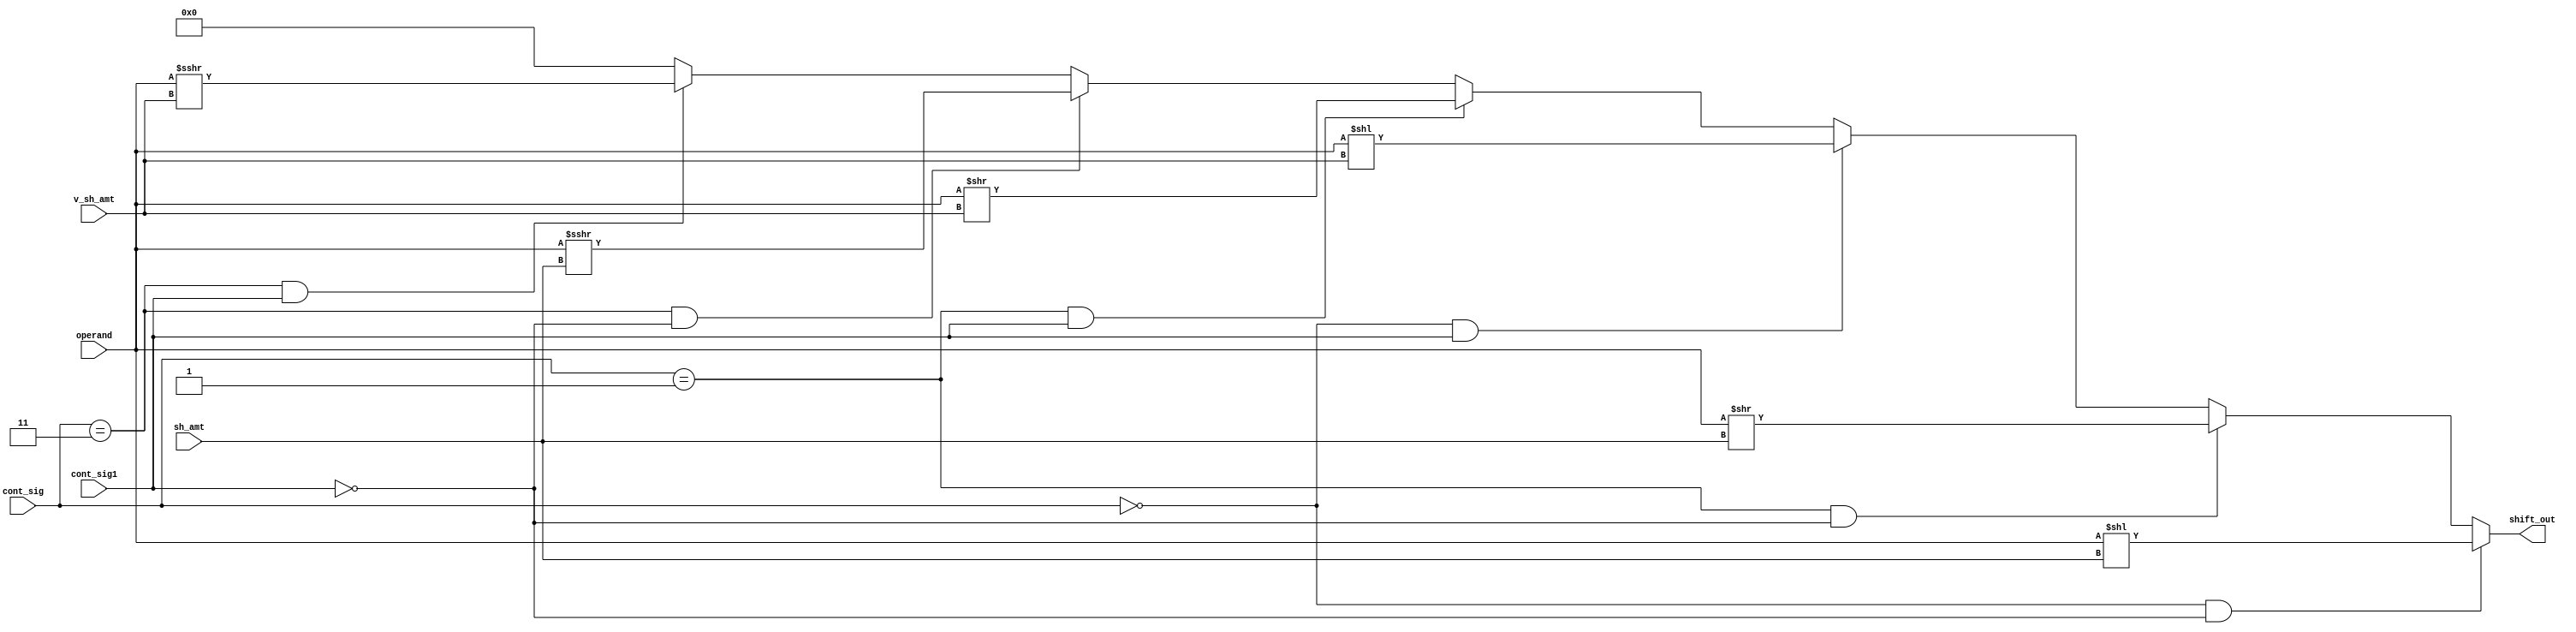
`timescale 1ns / 1ps
//////////////////////////////////////////////////////////////////////////////////
// Company: 
// Engineer: 
// 
// Design Name: 
// Module Name:    SHIFTER__ALU 
// Project Name: 
// Target Devices: 
// Tool versions: 
// Description: 
//
// Dependencies: 
//
// Revision: 
// Revision 0.01 - File Created
// Additional Comments: 
//
//////////////////////////////////////////////////////////////////////////////////
module SHIFTER__ALU(
    input [31:0] operand,
    input [4:0] sh_amt,
    input [4:0] v_sh_amt,
    output [31:0] shift_out,
    input [2:1] cont_sig,
	 input  cont_sig1
    );
  reg [31:0] out_reg;
  assign shift_out = out_reg;
  
  always @(v_sh_amt or sh_amt  or operand or cont_sig or cont_sig1) begin
    if     (cont_sig==2'b00 && cont_sig1==0 )	out_reg=operand<<sh_amt;   
    else if(cont_sig==2'b01 && cont_sig1==0) out_reg=operand>>sh_amt;
	 else if(cont_sig==3'b00 && cont_sig1==1) out_reg=operand<<v_sh_amt;
	 else if(cont_sig==3'b01 && cont_sig1==1) out_reg=operand>>v_sh_amt;
	 else if(cont_sig==3'b11 && cont_sig1==0) out_reg=operand>>>sh_amt;
	 else if(cont_sig==3'b11 && cont_sig1==1) out_reg=operand>>>v_sh_amt;
	 else   out_reg=0;

  end

endmodule